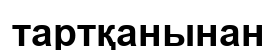
тартқанынан